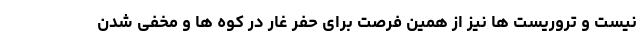
نیست و تروریست ها نیز از همین فرصت برای حفر غار در کوه ها و مخفی شدن